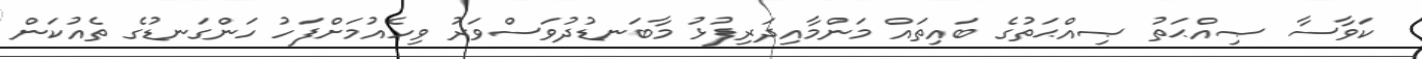
ކަވާސާ ޞިއްޙަތު ޞިއްޙަތުގެ ބައިތައް މަންމާއިދަރިފުޅު މާބަނޑުދުވަސްވަރު ވިހެއުމަށްފަހު ހަންގަނޑުގެ ތެއުކަން